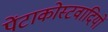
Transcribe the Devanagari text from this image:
पेंटाकोस्टवादियों